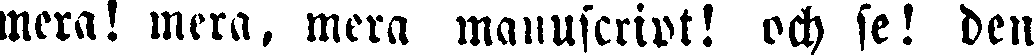
mera! mera, mera manuscrivt! och se! den